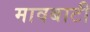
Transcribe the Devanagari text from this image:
मावबाटी